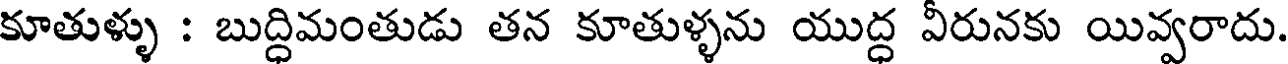
కూతుళ్ళు : బుద్ధిమంతుడు తన కూతుళ్ళను యుద్ధ వీరునకు యివ్వరాదు.